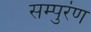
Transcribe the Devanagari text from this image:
सम्पुरंण